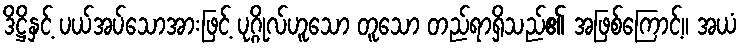
ဒိဋ္ဌိနှင့် ပယ်အပ်သောအားဖြင့် ပုဂ္ဂိုလ်ဟူသော တူသော တည်ရာရှိသည်၏ အဖြစ်ကြောင့်။ အယံ